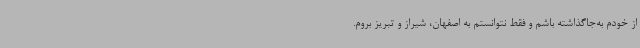
از خودم به‌جاگذاشته باشم و فقط نتوانستم به اصفهان، شیراز و تبریز بروم.